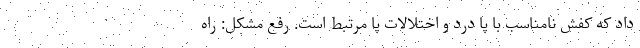
داد که کفش نامناسب با پا درد و اختلالات پا مرتبط است. رفع مشکل: راه